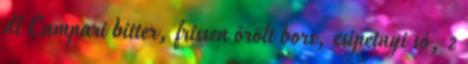
dl Campari bitter, frissen õrölt bors, csipetnyi só, 2